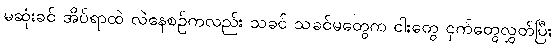
မဆုံးခင် အိပ်ရာထဲ လဲနေစဉ်ကလည်း သခင် သခင်မတွေက ငါးတွေ ငှက်တွေလွှတ်ပြီး